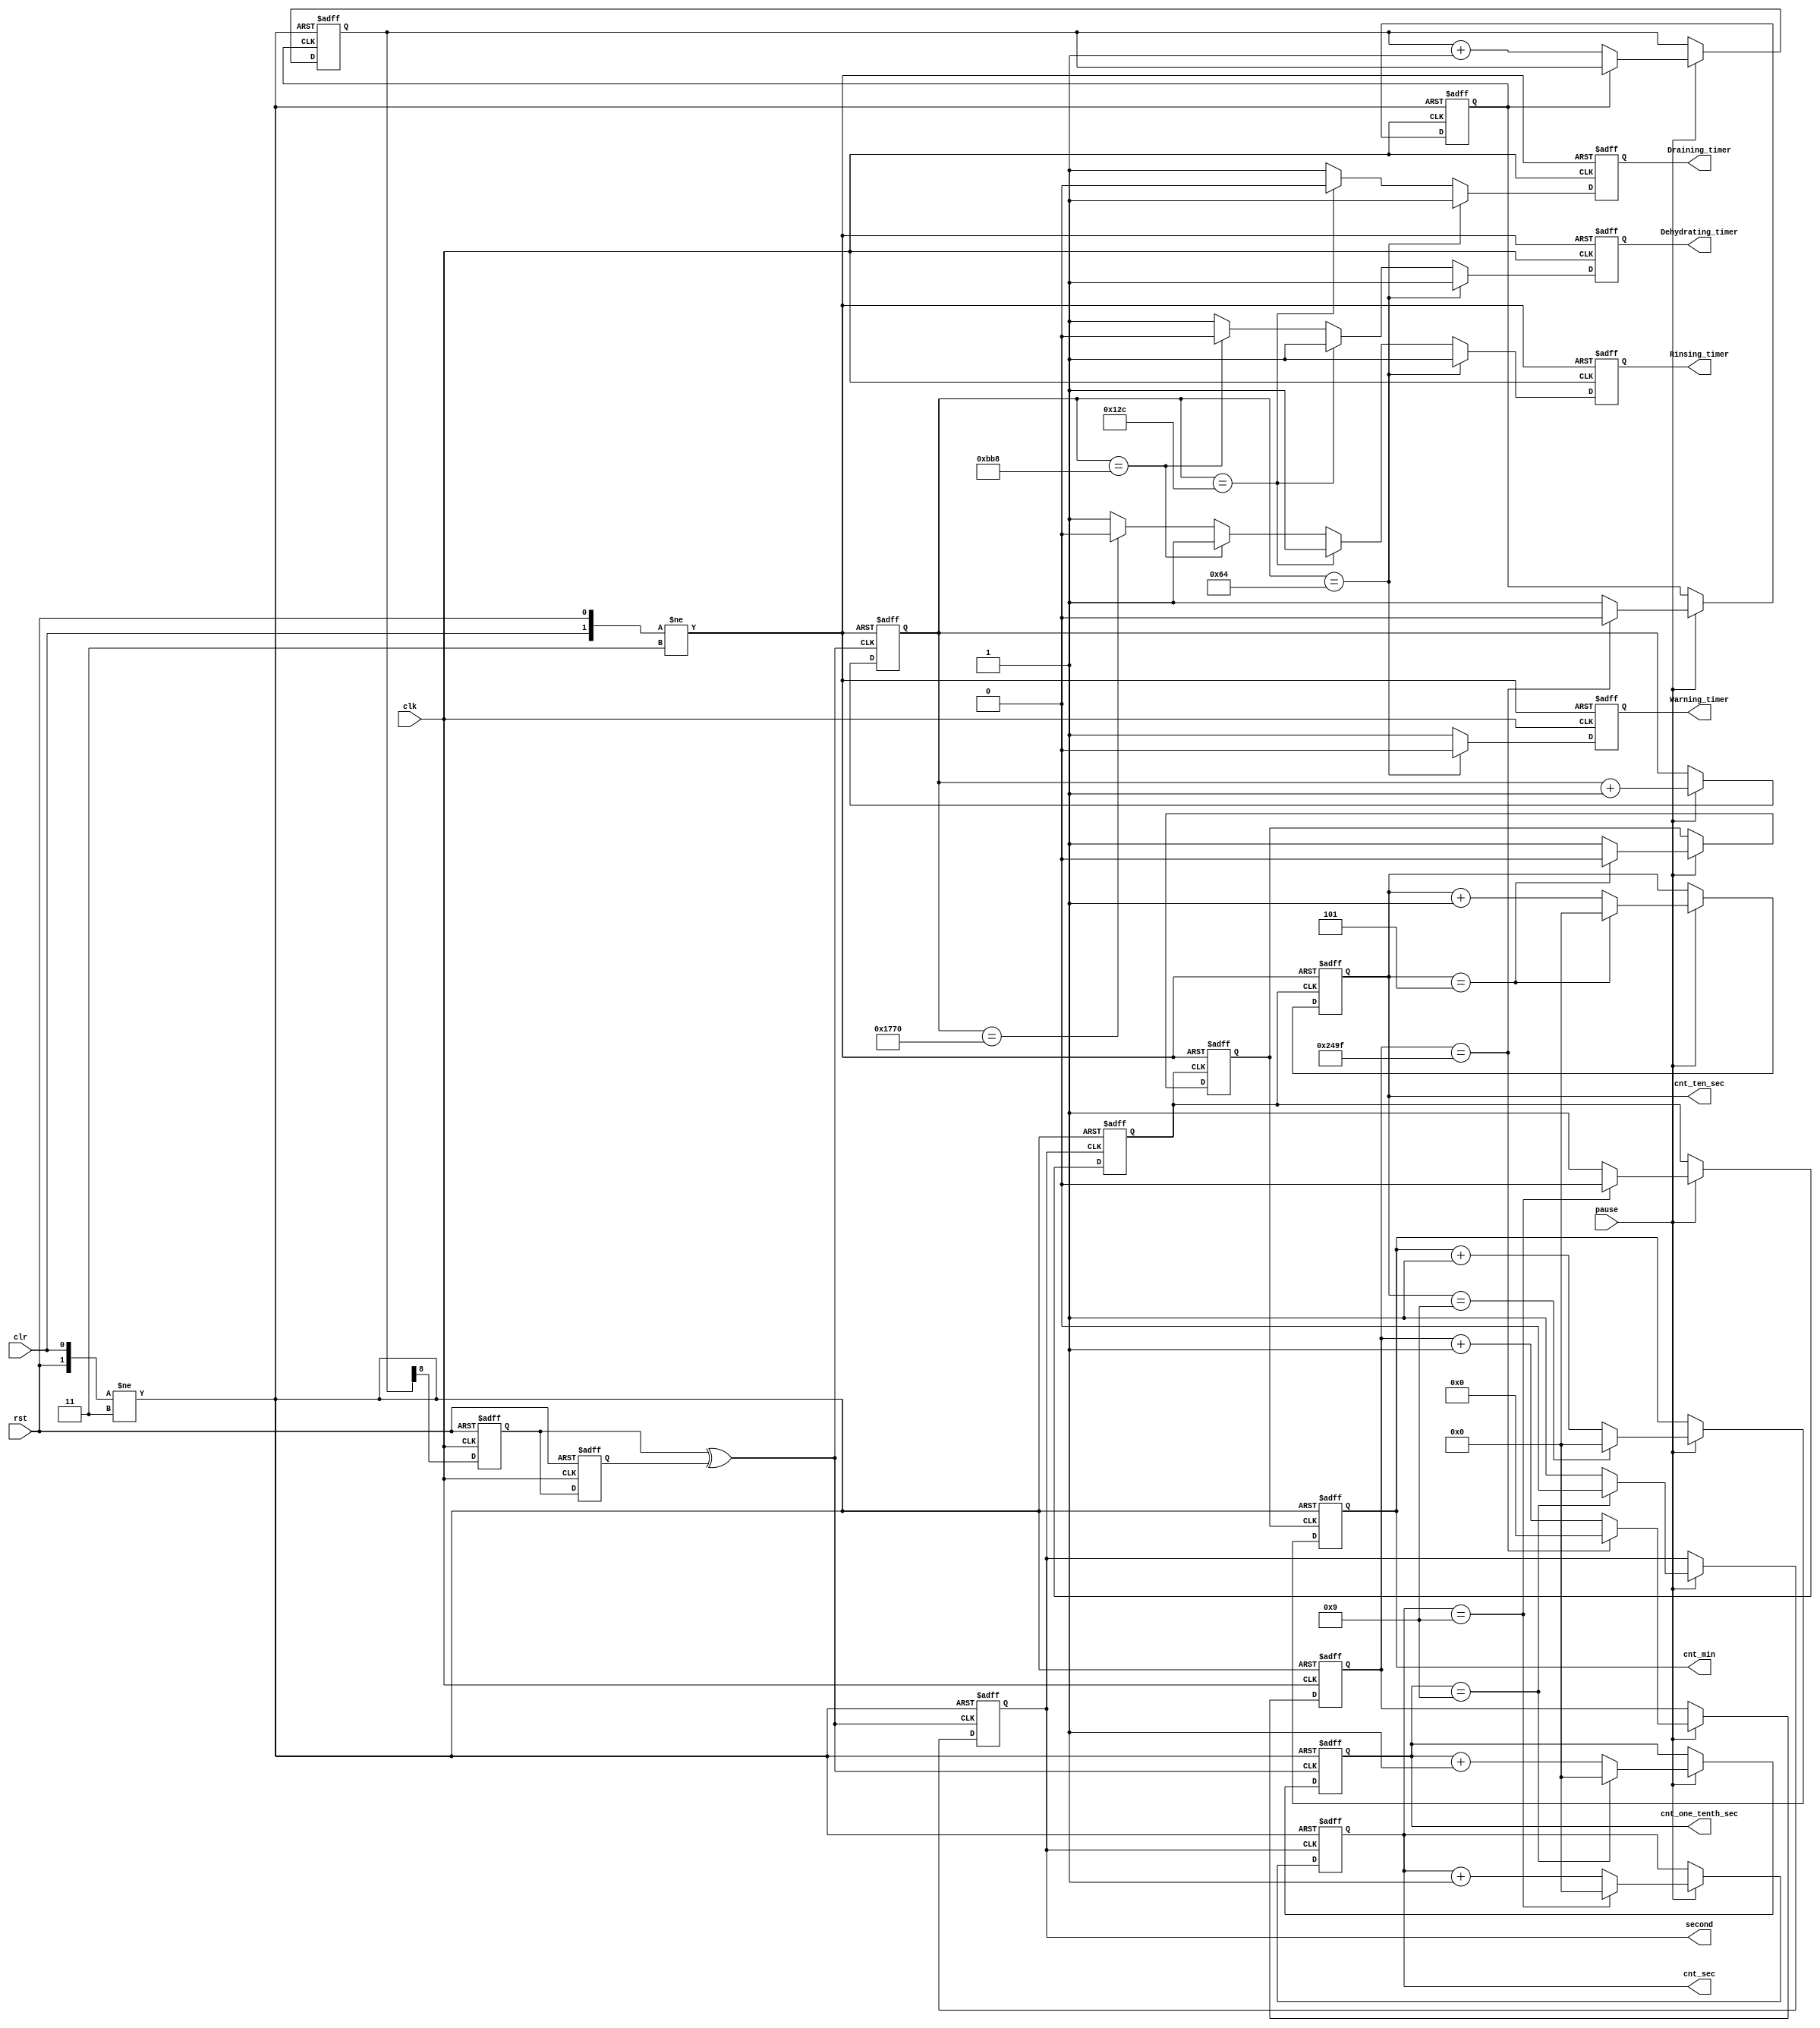


//

module Timer(clk, rst, clr, pause,
				 Rinsing_timer, Draining_timer, Dehydrating_timer, Warning_timer,
				 second, cnt_one_tenth_sec, cnt_sec, cnt_ten_sec, cnt_min);

	input clk, rst, clr;
	input pause;			//
	output reg Rinsing_timer, Draining_timer, Dehydrating_timer, Warning_timer;
	reg [13:0] posclk_cnt;
	reg [8:0] pos_9375clk_cnt;		//8:0
	reg [12:0] one_tenth_second_cnt;
	output reg [3:0] cnt_one_tenth_sec, cnt_sec, cnt_ten_sec, cnt_min;
	output reg second;
	reg ten_second, minute, clk_9375;
	
	reg q0, q1;
	assign double_edge_detect = q0 ^ q1;
		
	always @(posedge clk or negedge rst or negedge clr)	// ; 24MHz = '9375' * 2^8 *10
		begin
			if (!rst)
				begin
					posclk_cnt <= 0;
					clk_9375 <= 1;
				end
			else if (!clr)
				begin
					posclk_cnt <= 0;
					clk_9375 <= 1;
				end
			else if (!pause)
				begin
					posclk_cnt <= posclk_cnt;
					clk_9375 <= clk_9375;
				end
			else if (posclk_cnt == 9375)	//9375
				begin
					posclk_cnt <= 0;
					clk_9375 <= 0;
				end
			else
				begin
					posclk_cnt <= posclk_cnt + 1;
					clk_9375 <= 1;
				end
		end			

	
	always @(negedge rst or negedge clr or negedge clk_9375)	// 0.1s; 24MHz = 9375 * '2^8' *10
		begin
			if (!rst)
				pos_9375clk_cnt <= 0;
			else if (!clr)
				pos_9375clk_cnt <= 0;
			else if (!pause)
				pos_9375clk_cnt <= pos_9375clk_cnt;
			else if (clk_9375 == 0)
				pos_9375clk_cnt <= pos_9375clk_cnt + 1;
		end


	always @(posedge clk or negedge rst)
		begin
			if(!rst)
				begin
					q0 <= 0;
					q1 <= 0;
				end
			else
				begin
					q0 <= pos_9375clk_cnt[8];		//[8]
					q1 <= q0;
			end
		end
 	
	
	always @(negedge rst or negedge clr or posedge double_edge_detect)
		begin
			if (!rst)
				one_tenth_second_cnt <= 0;
			else if (!clr)
				one_tenth_second_cnt <= 0;
			else if (!pause)
				one_tenth_second_cnt <= one_tenth_second_cnt;
			else
				one_tenth_second_cnt <= one_tenth_second_cnt + 1;
		end

	always @(posedge clk or negedge rst or negedge clr)
		begin
			if (!rst)
				begin
					Rinsing_timer <= 1;
					Draining_timer <= 1;
					Dehydrating_timer <= 1;
					Warning_timer <= 1;
				end
			else if (!clr)
				begin
					Rinsing_timer <= 1;
					Draining_timer <= 1;
					Dehydrating_timer <= 1;
					Warning_timer <= 1;
				end
			else if (one_tenth_second_cnt == 100)	//100
				begin
					Rinsing_timer <= 1;
					Draining_timer <= 1;
					Dehydrating_timer <= 1;
					Warning_timer <= 0;
				end
			else if (one_tenth_second_cnt == 300)	//300
				begin
					Rinsing_timer <= 1;
					Draining_timer <= 0;
					Dehydrating_timer <= 1;
					Warning_timer <= 1;
				end
			else if (one_tenth_second_cnt == 3000)	//3000
				begin
					Rinsing_timer <= 1;
					Draining_timer <= 1;
					Dehydrating_timer <= 0;
					Warning_timer <= 1;
				end
			else if (one_tenth_second_cnt == 6000)	//6000
				begin
					Rinsing_timer <= 0;
					Draining_timer <= 1;
					Dehydrating_timer <= 1;
					Warning_timer <= 1;
				end
			else 
				begin
					Rinsing_timer <= 1;
					Draining_timer <= 1;
					Dehydrating_timer <= 1;
					Warning_timer <= 1;
				end
		end

		
	always @(negedge rst or negedge clr or posedge double_edge_detect)
		begin
			if (!rst)
				begin
					cnt_one_tenth_sec <= 0;
					second <= 1;
				end
			else if (!clr)
				begin
					cnt_one_tenth_sec <= 0;
					second <= 1;
				end
			else if (!pause)
				begin
					cnt_one_tenth_sec <= cnt_one_tenth_sec;
					second <= second;
				end
			else if (cnt_one_tenth_sec == 9)
				begin
					cnt_one_tenth_sec <= 0;
					second <= 0;
				end
			else
				begin
					cnt_one_tenth_sec <= cnt_one_tenth_sec + 1;
					second <= 1;
				end
		end
	
	always @(negedge rst or negedge clr or negedge second)
		begin
			if (!rst)
				begin
					cnt_sec <= 0;
					ten_second <= 1;
				end
			else if (!clr)
				begin
					cnt_sec <= 0;
					ten_second <= 1;
				end
			else if (!pause)
				begin
					cnt_sec <= cnt_sec;
					ten_second <= ten_second;
				end
			else if (cnt_sec == 9)
				begin
					cnt_sec <= 0;
					ten_second <= 0;
				end
			else
				begin
					cnt_sec <= cnt_sec + 1;
					ten_second <= 1;
				end
		end
		
	always @(negedge rst or negedge clr or negedge ten_second)
		begin
			if (!rst)
				begin
					cnt_ten_sec <= 0;
					minute <= 1;
				end
			else if (!clr)
				begin
					cnt_ten_sec <= 0;
					minute <= 1;
				end
			else if (!pause)
				begin
					cnt_ten_sec <= cnt_ten_sec;
					minute <= minute;
				end
			else if (cnt_ten_sec == 5)
				begin
					cnt_ten_sec <= 0;
					minute <= 0;
				end
			else
				begin
					cnt_ten_sec <= cnt_ten_sec + 1;
					minute <= 1;
				end
		end
		
	always @(negedge rst or negedge clr or negedge minute)
		begin
			if (!rst)
				cnt_min <= 0;
			else if (!clr)
				cnt_min <= 0;
			else if (!pause)
				cnt_min <= cnt_min;
			else if (cnt_ten_sec == 9)
				cnt_min <= 0;
			else
				cnt_min <= cnt_min + 1;
		end
	
	
endmodule